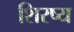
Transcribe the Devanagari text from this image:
शिरष्य